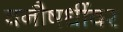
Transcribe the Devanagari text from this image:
वनौषधींवर